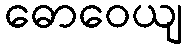
ဓောဝေယျ